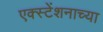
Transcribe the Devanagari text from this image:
एक्स्टेंशनाच्या